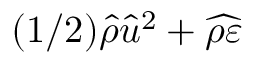
( 1 / 2 ) \hat { \rho } \hat { u } ^ { 2 } + \widehat { \rho \varepsilon }